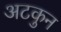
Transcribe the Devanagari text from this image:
अटकुन